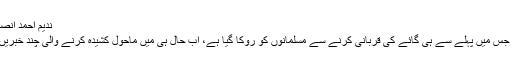
ندیم احمد انصاری 10/09/2016
عیدِ قرباں قریب ہے، جس میں پہلے سے ہی گائے کی قربانی کرنے سے مسلمانوں کو روکا گیا ہے، اب حال ہی میں ماحول کشیدہ کرنے والی چند خبریں موصول ہو رہی ہیں۔